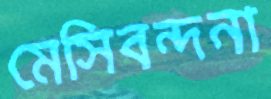
মেসিবন্দনা